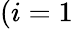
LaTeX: (i=1